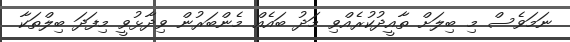
ނަމަވެސް މި ބިލަށް ތާއީދުކުރެއްވި މަދު ބައެއް މެންބަރުން ވިދާޅުވީ މިފަދަ ބިލްތަކާ